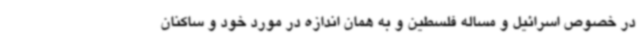
در خصوص اسرائیل و مساله فلسطین و به همان اندازه در مورد خود و ساکنان